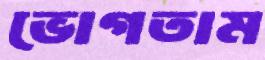
ভোগতাম